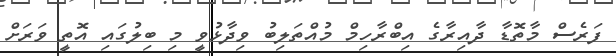
ފަރެސް މާތޮޑާ ދާއިރާގެ އިބްރާހިމް މުއްތަލިބު ވިދާޅުވީ މި ބިލުގައި އޮތީ ވަރަށް